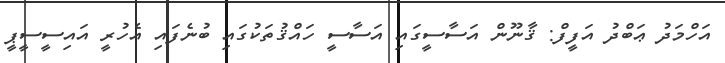
އަހްމަދު ޢަބްދު އަފީފް: ޤާނޫން އަސާސީގައި އަސާސީ ހައްޤުތަކުގައި ބުނެފައި އެހުރީ އައިސީސީޕީ